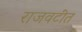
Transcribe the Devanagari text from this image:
राजवटींत